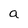
Character: a